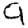
Digit: 9